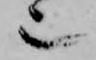
也